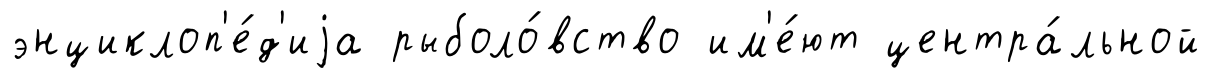
энциклоп'е́д'иjа рыболо́вство им'е́ют центра́льной